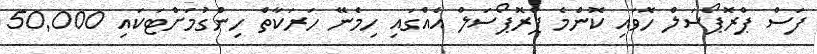
ފަސް ޕްރޮޕޯސަލް ހޮވައި ކޮންމެ ޕްރޮޕޯސަލް އެއްގައި ހިމެނޭ ހަރަކާތް ހިންގުމަށްޓަކައި 50